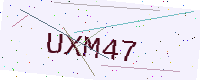
Text: UXM47